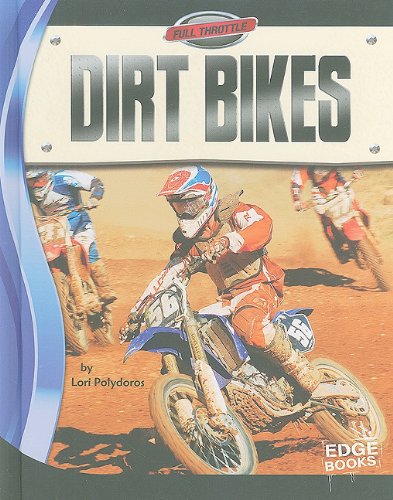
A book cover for Dirt Bikes (Full Throttle); Lori Polydoros; Children's Books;